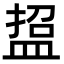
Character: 𭾃